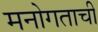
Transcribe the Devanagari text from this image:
मनोगताची